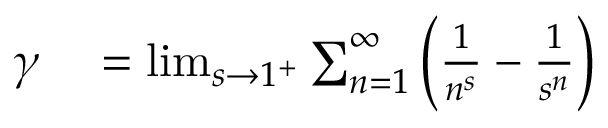
\begin{array} { r l } { \gamma } & { { } = \operatorname* { l i m } _ { s \to 1 ^ { + } } \sum _ { n = 1 } ^ { \infty } \left( { \frac { 1 } { n ^ { s } } } - { \frac { 1 } { s ^ { n } } } \right) } \end{array}